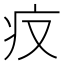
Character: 𤴨